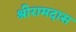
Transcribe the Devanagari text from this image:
श्रीरामदास